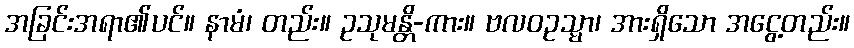
အခြင်းအရာ၏ပင်။ နာမံ၊ တည်း။ ဥသုမန္တိ-ကား။ ဗလဝဥသ္မာ၊ အားရှိသော အငွေ့တည်း။